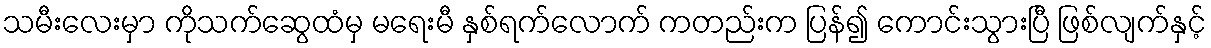
သမီးလေးမှာ ကိုသက်ဆွေထံမှ မရေးမီ နှစ်ရက်လောက် ကတည်းက ပြန်၍ ကောင်းသွားပြီ ဖြစ်လျက်နှင့်